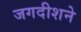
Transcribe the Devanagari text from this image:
जगदीशने